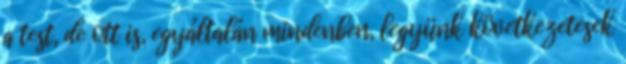
a test, de ott is, egyáltalán mindenben, legyünk következetesek